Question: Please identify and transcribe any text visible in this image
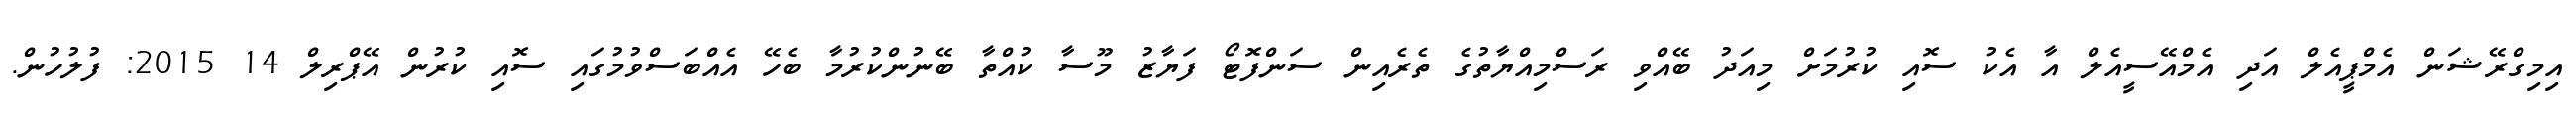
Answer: އިމިގްރޭޝަން އެމްޕީއެލް އަދި އެމްއޭސީއެލް އާ އެކު ސޮއި ކުރުމަށް މިއަދު ބޭއްވި ރަސްމިއްޔާތުގެ ތެރެއިން ސަންފޮޓޯ ފަޔާޒު މޫސާ ކުއްތާ ބޭނުންކުރުމާ ބެހޭ އެއްބަސްވުމުގައި ސޮއި ކުރުން އޭޕްރިލް 14 2015: ފުލުހުން.